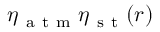
\eta _ { \mathrm { ~ a ~ t ~ m ~ } } \eta _ { \mathrm { ~ s ~ t ~ } } ( r )